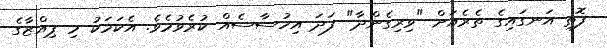
ފޮތި އަނގައިގެ ތެރެއަށް "ވިރިގެންދާ" ފަދަ އިހުސާސެއް ކުރެވުމެވެ. އެކަމަކު މި ޕިއްޒާގެ